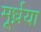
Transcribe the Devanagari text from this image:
मूर्ध्नया